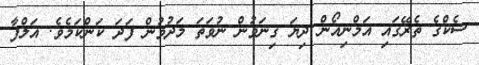
ސެކްގެ ތެރޭގައި އަމްނިއޯން ދިޔަ ގިނަވުން ނުވަތަ މަދުވުން ފަދަ ކަންކަމެވެ. އަލްފާ